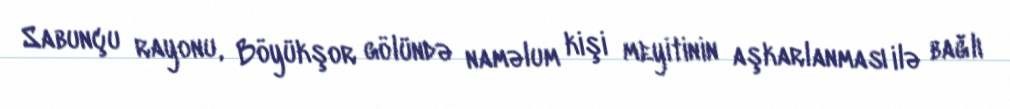
Sabunçu rayonu, Böyükşor gölündə naməlum kişi meyitinin aşkarlanması ilə bağlı